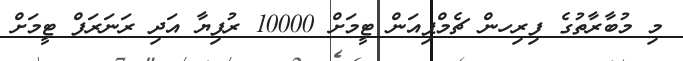
މި މުބާރާތުގެ ފިރިހން ޗެމްޕިއަން ޓީމަށް 10000 ރުފިޔާ އަދި ރަނަރަފް ޓީމަށް